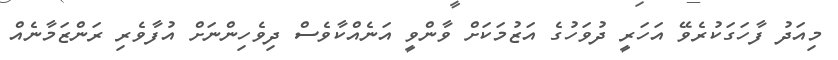
މިއަދު ފާހަގަކުރެވޭ އަހަރީ ދުވަހުގެ އަޒުމަކަށް ވާންވީ އަނެއްކާވެސް ދިވެހިންނަށް އުފާވެރި ރަންޒަމާނެއް